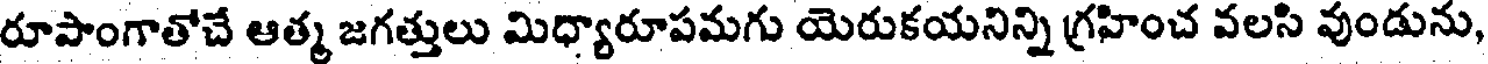
రూపాంగాతోచే ఆత్మ జగత్తులు మిధ్యారూపమగు యెరుకయనిన్ని గ్రహించ వలసి వుండును,